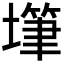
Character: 𰊫